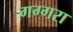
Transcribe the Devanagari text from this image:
गग्गरा